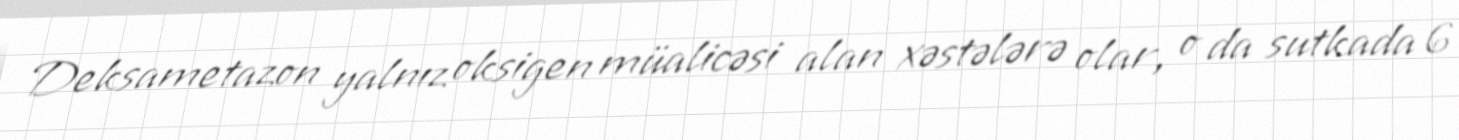
Deksametazon yalnız oksigen müalicəsi alan xəstələrə olar, o da sutkada 6